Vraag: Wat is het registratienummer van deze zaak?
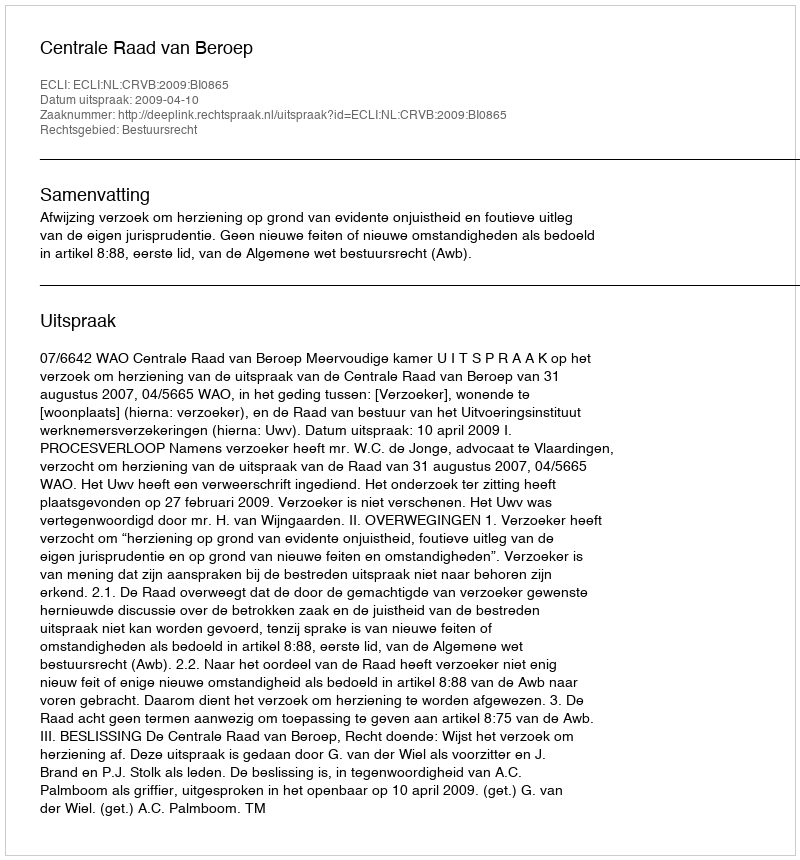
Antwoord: http://deeplink.rechtspraak.nl/uitspraak?id=ECLI:NL:CRVB:2009:BI0865